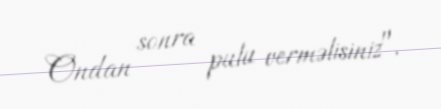
Ondan sonra pulu verməlisiniz".